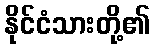
နိုင်ငံသားတို့၏